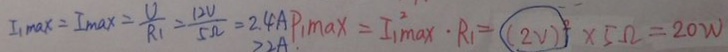
I _ { 1 \max } = I _ { \max } = \frac { U } { R _ { 1 } } = \frac { 1 2 V } { 5 \Omega } = 2 . 4 A P _ { 1 \max } = I ^ { 2 } _ { 1 \max } \cdot R _ { 1 } = ( 2 V ) ^ { 2 } \times 5 \Omega = 2 0 W